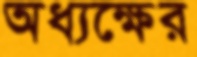
অধ্যক্ষের